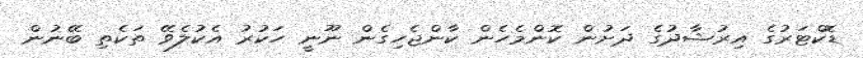
ޑޮކްޓަރުގެ އިރުޝާދުގެ ދަށުން ކޮންމެހެން ކާންޖެހިގެން ނޫނީ ހަކުރު އެކުލެވޭ ތަކެތި ބޭނުން